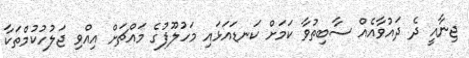
ޖިނާއީ ދެ ދައުވާއެއް ސާބިތުވާ ކަމަށް ކަނޑައަޅައި މަހުލޫފުގެ މައްޗަށް އިއްވި ޖަލުހުކުމްތަކާ